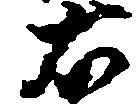
右